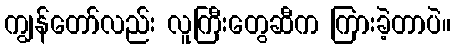
ကျွန်တော်လည်း လူကြီးတွေဆီက ကြားခဲ့တာပဲ။